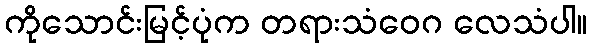
ကိုသောင်းမြင့်ပုံက တရားသံဝေဂ လေသံပါ။